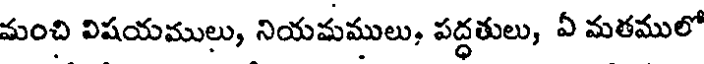
మంచి విషయములు, నియమములు, పద్ధతులు, ఏ మతములో